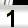
Digit: 1